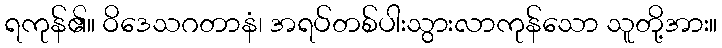
ရကုန်၏။ ဝိဒေသဂတာနံ၊ အရပ်တစ်ပါးသွားလာကုန်သော သူတို့အား။